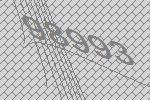
98993